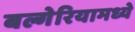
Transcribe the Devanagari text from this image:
बल्गेरियामध्ये